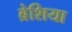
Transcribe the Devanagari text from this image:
ब्रेशिया